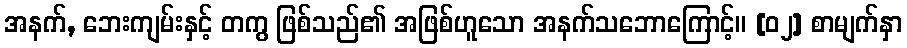
အနက်, ဘေးကျမ်းနှင့် တကွ ဖြစ်သည်၏ အဖြစ်ဟူသော အနက်သဘောကြောင့်။ [၀၂] စာမျက်နှာ